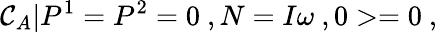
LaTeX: {\cal C}_{A}|P^{1}=P^{2}=0\ ,N=I\omega\ ,0>=0\ ,